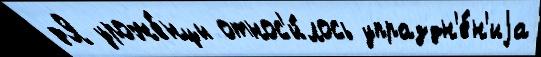
дЯ уроже́нцы относ'и́лось упраздн'е́н'иjа